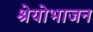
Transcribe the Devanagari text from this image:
श्रेयोभाजन